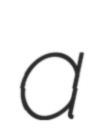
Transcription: a